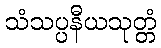
သံသပ္ပနီယသုတ္တံ